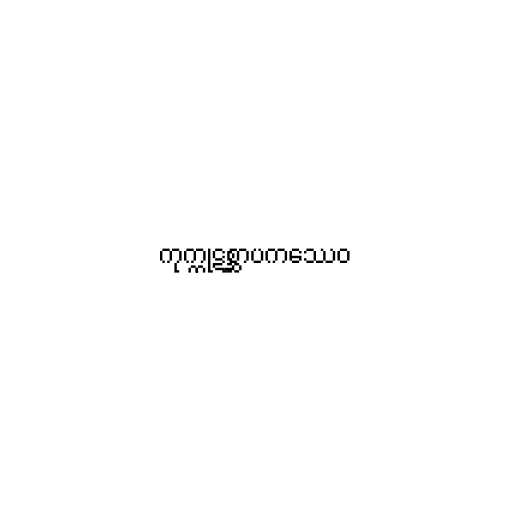
ကုက္ကုဋစ္ဆာပကဿေဝ